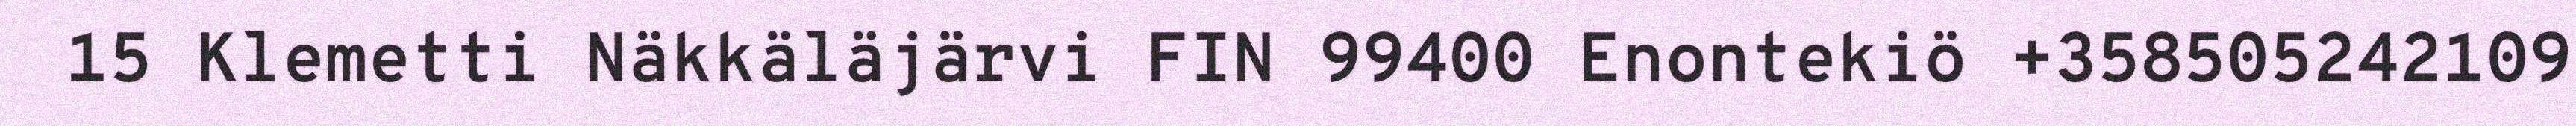
15 Klemetti Näkkäläjärvi FIN 99400 Enontekiö +358505242109